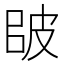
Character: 𰤠